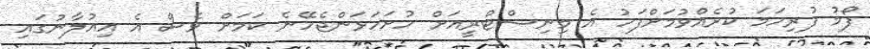
ފޯމު ފުރިހަމަ ކުރެއްވުމަށްފަހު އެ މިނިސްޓްރީއަށް ހުށަހަޅަންޖެހޭނެ ކަމަށް ވެސް އެ އިއުލާނުގައި